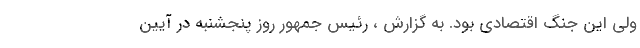
ولی این جنگ اقتصادی بود. به گزارش ، رئیس جمهور روز پنجشنبه در آیین